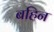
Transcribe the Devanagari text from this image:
बहिन